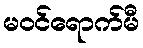
မဝင်ရောက်မီ